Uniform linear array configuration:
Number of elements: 24
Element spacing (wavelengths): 0.75
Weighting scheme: blackman
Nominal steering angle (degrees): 60
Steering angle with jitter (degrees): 60.326
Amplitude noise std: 0.05
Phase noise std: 0.05

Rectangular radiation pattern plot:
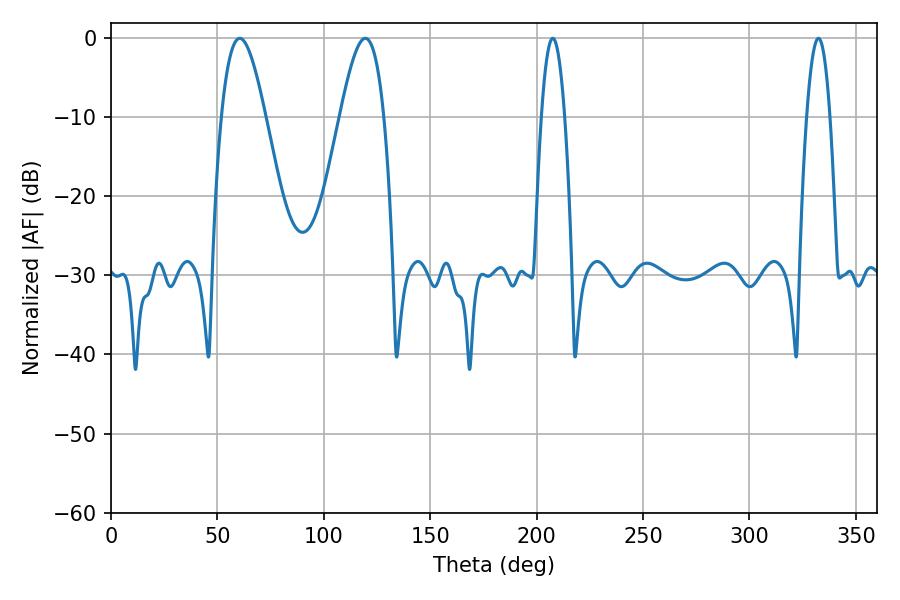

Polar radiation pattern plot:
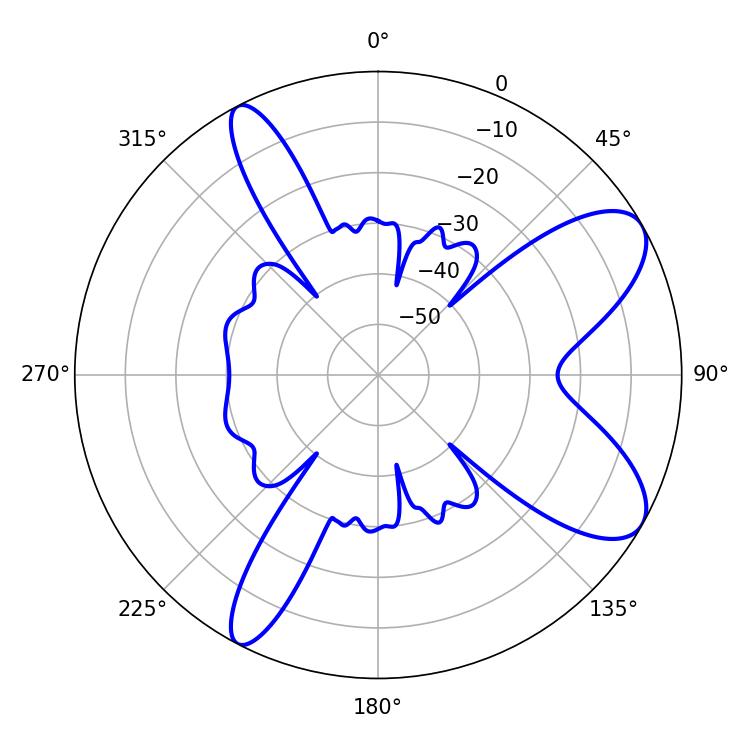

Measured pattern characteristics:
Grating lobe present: TRUE
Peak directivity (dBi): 8.725
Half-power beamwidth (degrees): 11.16
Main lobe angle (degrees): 60.48